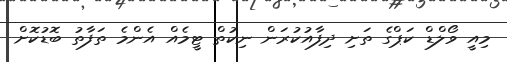
މިއީ ވޯލްޑް ކަޕްގެ ތަށި ދިފާއުކުރަން ނިކުތް ޓީމެއް އެންމެ ތަފާތު ބޮޑުކޮށް